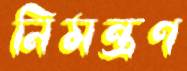
নিমন্ত্রণ